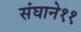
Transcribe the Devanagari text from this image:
संघाने११